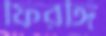
ফিরঙ্গি